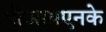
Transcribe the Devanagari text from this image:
पीआयएनके